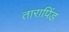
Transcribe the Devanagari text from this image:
तारापिंड